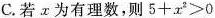
C.若x为有理数，则$$5+x^{2}>0$$